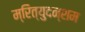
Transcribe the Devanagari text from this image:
म्रित्युदन्शम